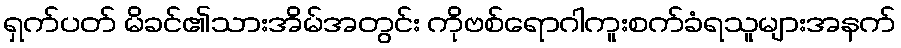
ရှက်ပတ် မိခင်၏သားအိမ်အတွင်း ကိုဗစ်ရောဂါကူးစက်ခံရသူများအနက်